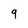
Character: 9